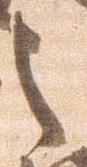
之